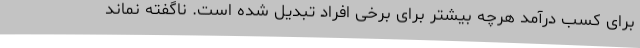
برای کسب درآمد هرچه بیشتر برای برخی افراد تبدیل شده است. ناگفته نماند